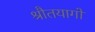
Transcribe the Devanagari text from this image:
श्रौतयागों